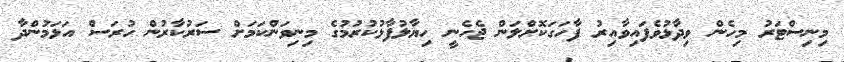
މިނިސްޓަރު މިހެން ވިދާޅުވެފައިވާއިރު ފާހަގަކޮށްލަން ޖެހެނީ ހިޔާލުފާޅުކުރުމުގެ މިނިވަންކަމަށް ސަރުކާރުން ހުރަސް އަޅަމުންދާ